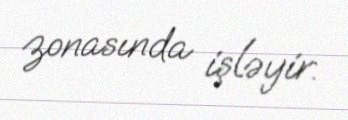
zonasında işləyir.